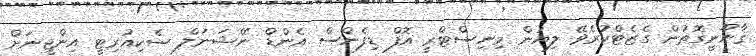
ޤާނޫނީގޮތުން ގެޒެޓްކުރެވޭ ލިޔުން މިނިސްޓްރީ އޮފް ޑިފެންސް އެންޑް ނޭޝަނަލް ސެކިއުރިޓީ އިންޖީނަށް